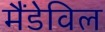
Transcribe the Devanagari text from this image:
मैंडेविल